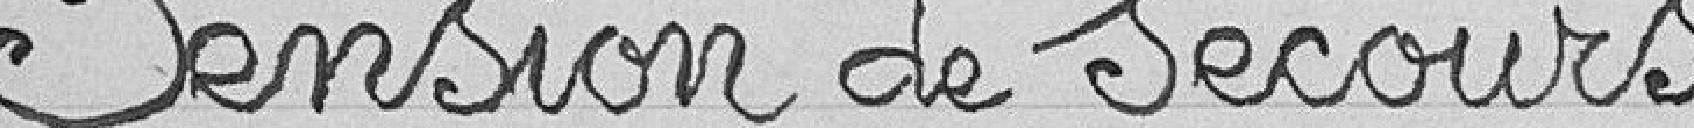
Pension de secours